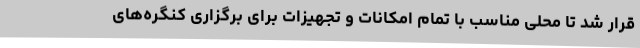
قرار شد تا محلی مناسب با تمام امکانات و تجهیزات برای برگزاری کنگره‌های